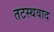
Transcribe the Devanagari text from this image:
तटस्थवाद